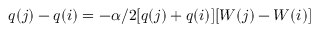
q ( j ) - q ( i ) = - \alpha / 2 [ q ( j ) + q ( i ) ] [ W ( j ) - W ( i ) ]